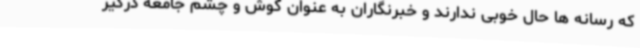
که رسانه ها حال خوبی ندارند و خبرنگاران به عنوان گوش و چشم جامعه درگیر